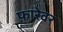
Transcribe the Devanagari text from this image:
फ़ारेवर